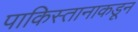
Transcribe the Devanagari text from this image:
पाकिस्तानाकडून